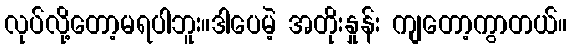
လုပ်လို့တော့မရပါဘူး။ဒါပေမဲ့ အတိုးနှုန်း ကျတော့ကွာတယ်။